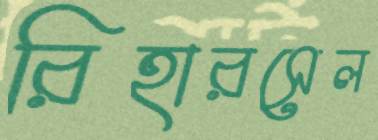
রিহারসেল